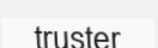
truster